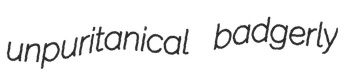
unpuritanical badgerly